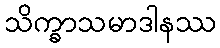
သိက္ခာသမာဒါနဿ